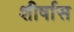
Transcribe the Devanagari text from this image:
शीर्षास